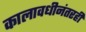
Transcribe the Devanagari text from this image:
कालावधीनंतरही